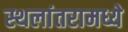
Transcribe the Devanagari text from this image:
स्थलांतरामध्ये